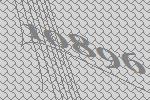
10896